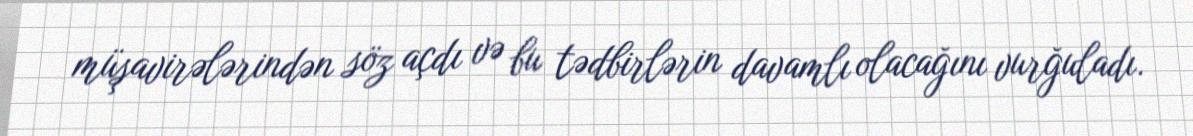
müşavirələrindən söz açdı və bu tədbirlərin davamlı olacağını vurğuladı.